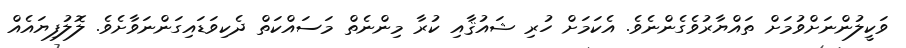
ވަކީލުންނަށްވުމަށް ތައްޔާރުވެގެންނެވެ. އެކަމަށް ހުރި ޝައުޤާއި ކުރާ މިންނެތް މަސައްކަތް ދެކިވަޑައިގަންނަވާށެވެ. ލޮލުފިޔައެއް